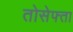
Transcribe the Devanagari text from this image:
तोसेफ्ता